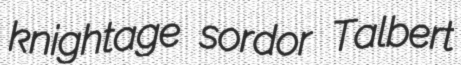
knightage sordor Talbert